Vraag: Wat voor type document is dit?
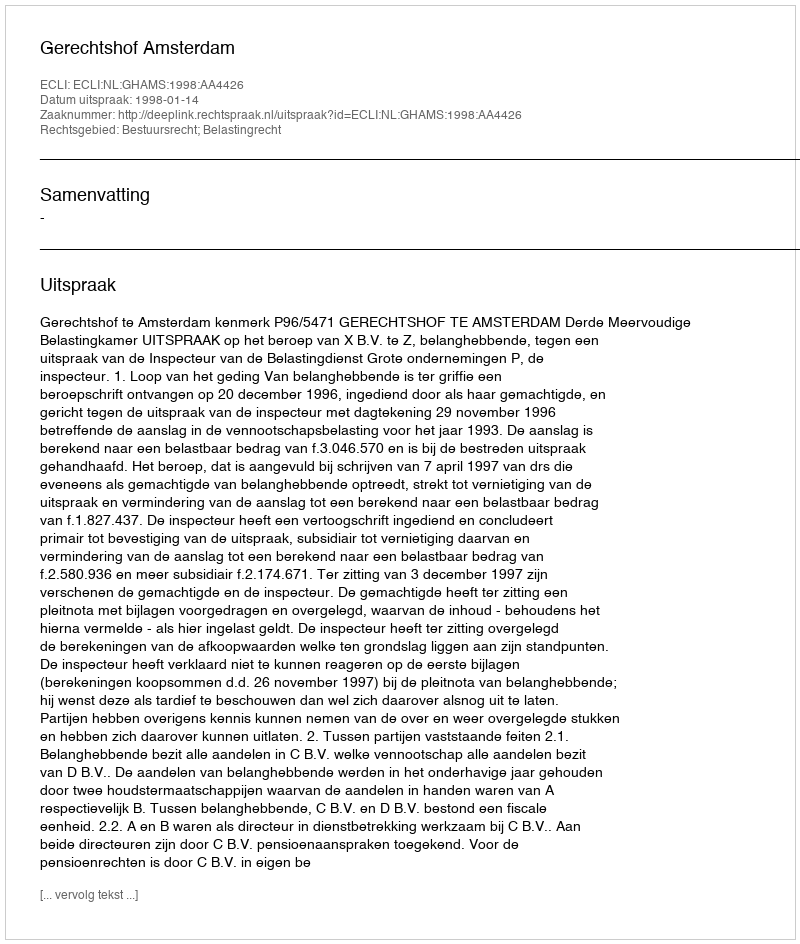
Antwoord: Uitspraak